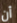
أن